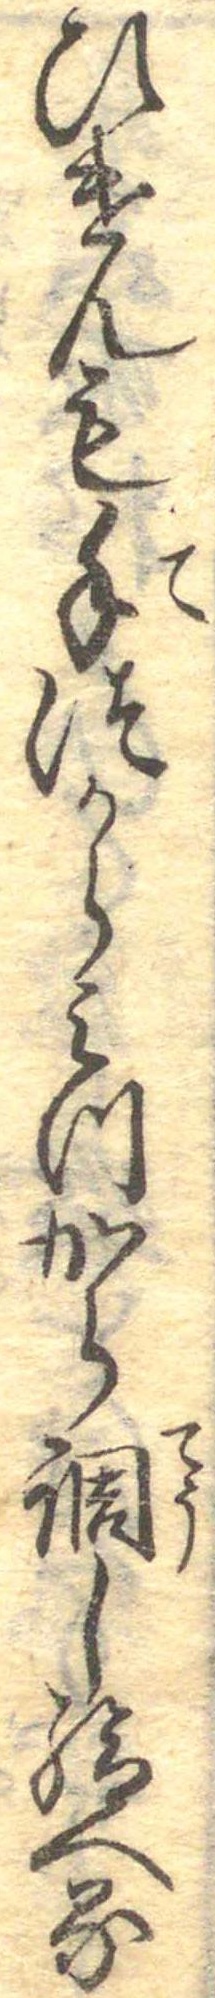
ひけんも手つからみつから調し給へる